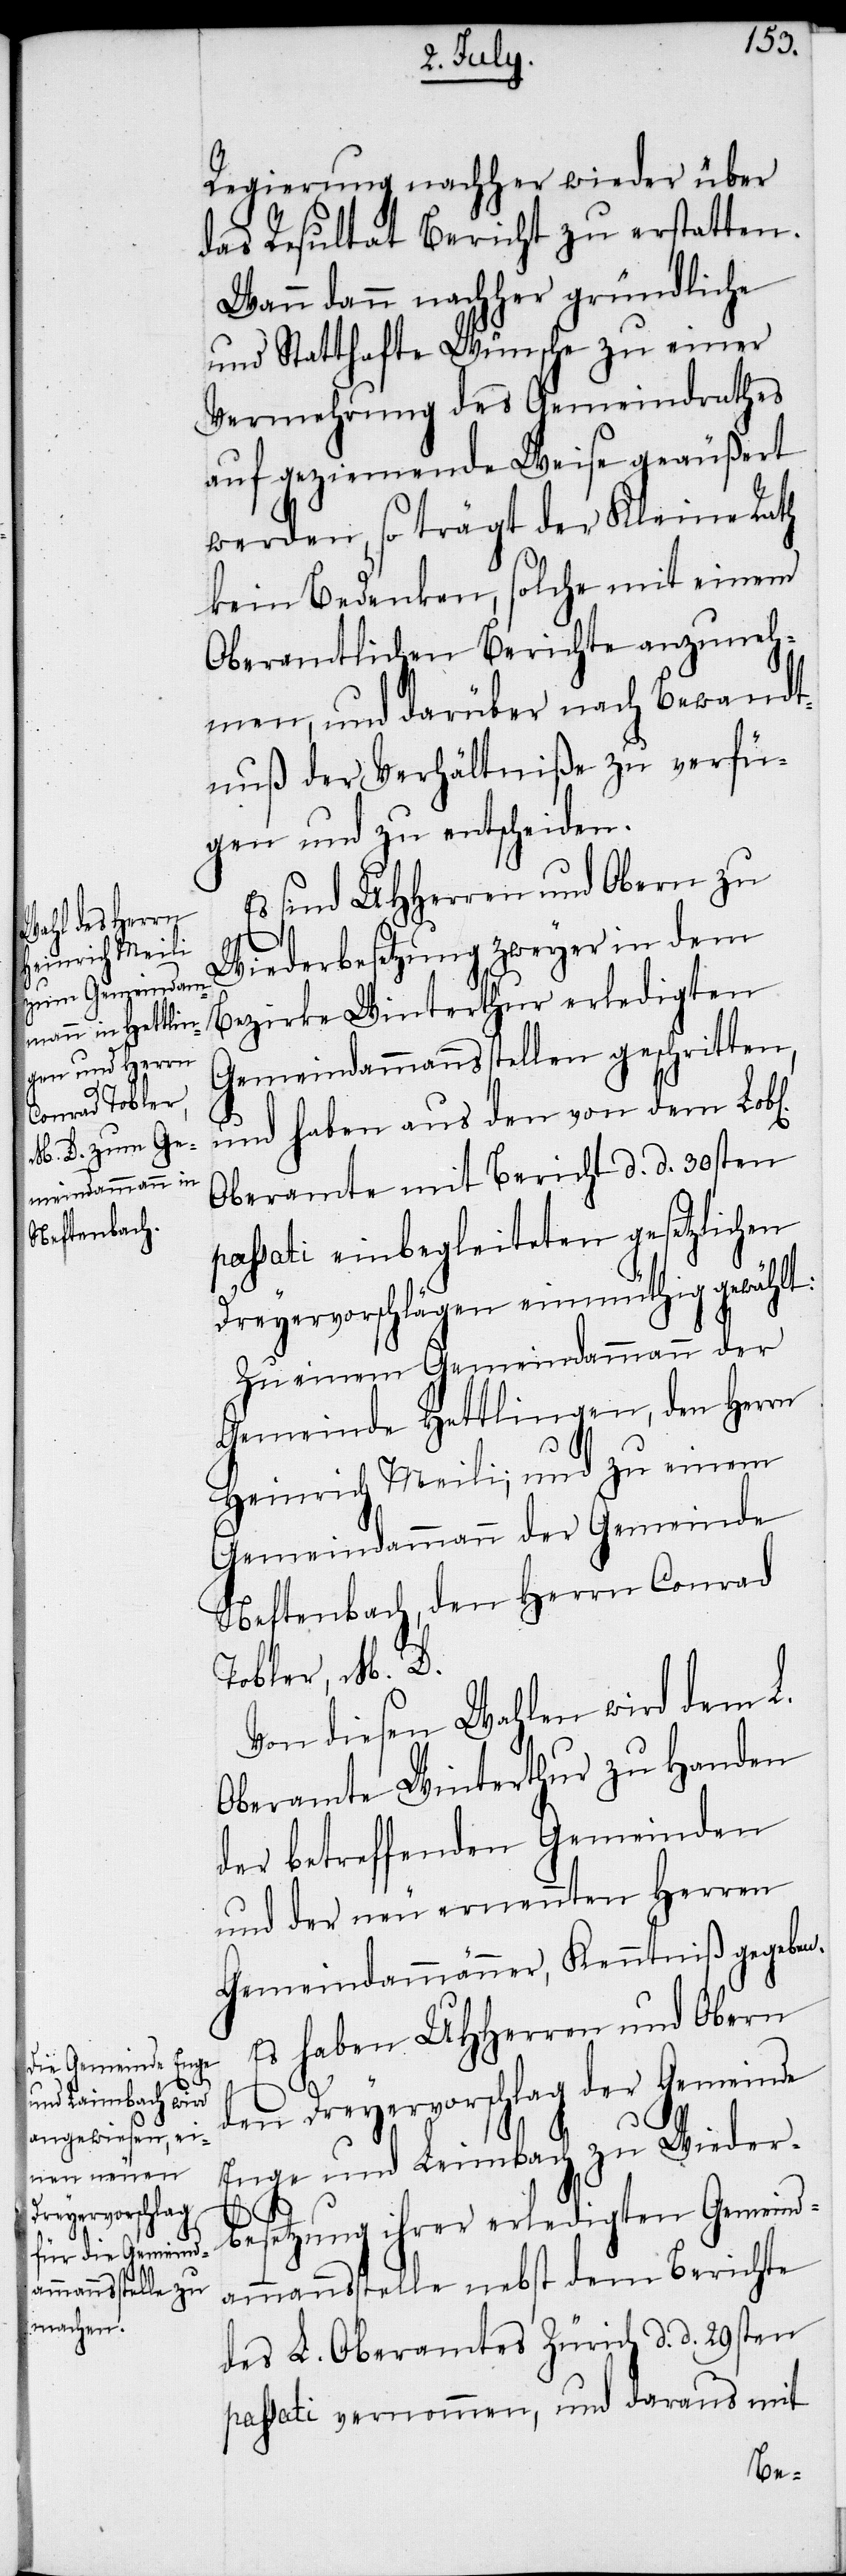
l[ichen]
Regierung nachher wieder über
das Resultat Bericht zu erstatten.
Wann dann nachher gründliche
und Statthafte Wünsche zu einer
Vermehrung des Gemeindrathes
auf geziemende Weise geäußert
werden, so trägt der Kleine Rath
kein Bedenken, solche mit einem
Oberamtlichen Berichte anzuneh¬
men, und darüber nach Bewandt¬
nuß der Verhältniße zu verfü¬
gen und zu entscheiden.
Es sind UHHerren und Obern zu
Wiederbesetzung zweyer in dem
Bezirke Winterthur erledigten
Gemeindammannsstellen geschritten,
und haben aus den von dem Lob¬
Oberamte mit Bericht d. d. 30sten
passati einbegleiteten gesetzlichen
Dreyervorschlägen einmüthig gewählt:
Zu einem Gemeindammann der
Gemeinde Hettlingen, den Herrn
Heinrich Meili; und zu einem
Gemeindammann der Gemeinde
Neftenbach, den Herrn Conrad
Tobler, M. D.
Von diesen Wahlen wird dem L.
Oberamte Winterthur zu Handen
der betreffenden Gemeinden
und der neu ernennten Herren
Gemeindammänner, Kenntniß gegeben.
Es haben UHHerren und Obern
den Dreyervorschlag der Gemeinde
Enge und Leimbach zu Wieder¬
besetzung ihrer erledigten Gemeind¬
ammannsstelle nebst dem Berichte
des L. Oberamtes Zürich d. d. 29sten
passati vernommen, und daraus mit